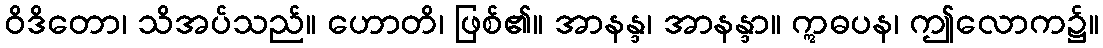
ဝိဒိတော၊ သိအပ်သည်။ ဟောတိ၊ ဖြစ်၏။ အာနန္ဒ၊ အာနန္ဒာ။ ဣဓပန၊ ဤလောက၌။